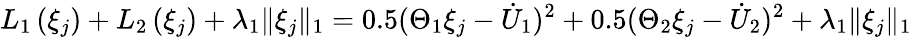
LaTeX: L_{1}\left(\xi_{j}\right)+L_{2}\left(\xi_{j}\right)+\lambda_{1}\| \xi_{j}\| _{1}=0.5(\Theta_{1}\xi_{j}-{\dot{U}}_{1})^{2}+0.5(\Theta_{2}\xi_{j}-{\dot{U}}_{2})^{2}+\lambda_{1}\| \xi_{j}\| _{1}